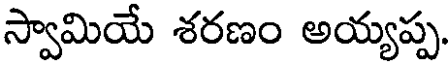
స్వామియే శరణం అయ్యప్ప.